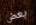
بعض